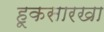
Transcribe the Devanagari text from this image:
हूकसारखा